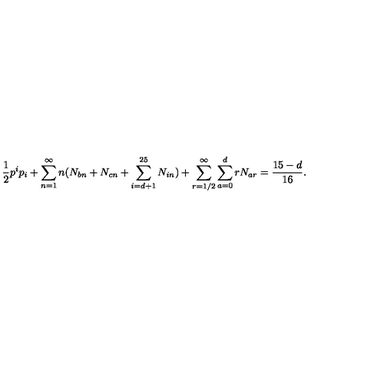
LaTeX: \frac { 1 } { 2 } p ^ { i } p _ { i } + \sum _ { n = 1 } ^ { \infty } n ( N _ { b n } + N _ { c n } + \sum _ { i = d + 1 } ^ { 2 5 } N _ { i n } ) + \sum _ { r = 1 / 2 } ^ { \infty } \sum _ { a = 0 } ^ { d } r N _ { a r } = { \frac { 1 5 - d } { 1 6 } } .